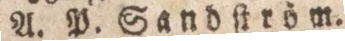
A. P. Sandſtröm.